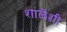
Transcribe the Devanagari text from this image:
शाळेशी